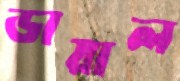
ডায়াল